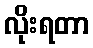
လိုးရတာ